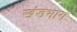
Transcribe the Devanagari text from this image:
खंडभाग